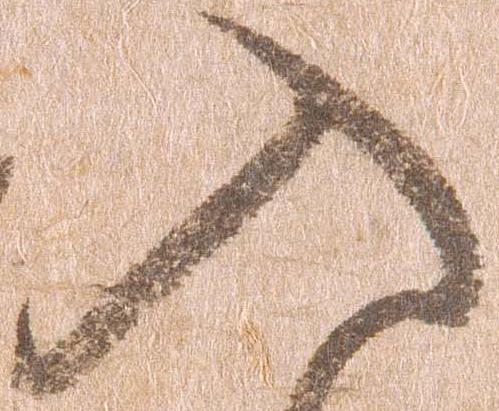
入